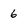
Character: 6